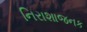
નિરાશાજનક